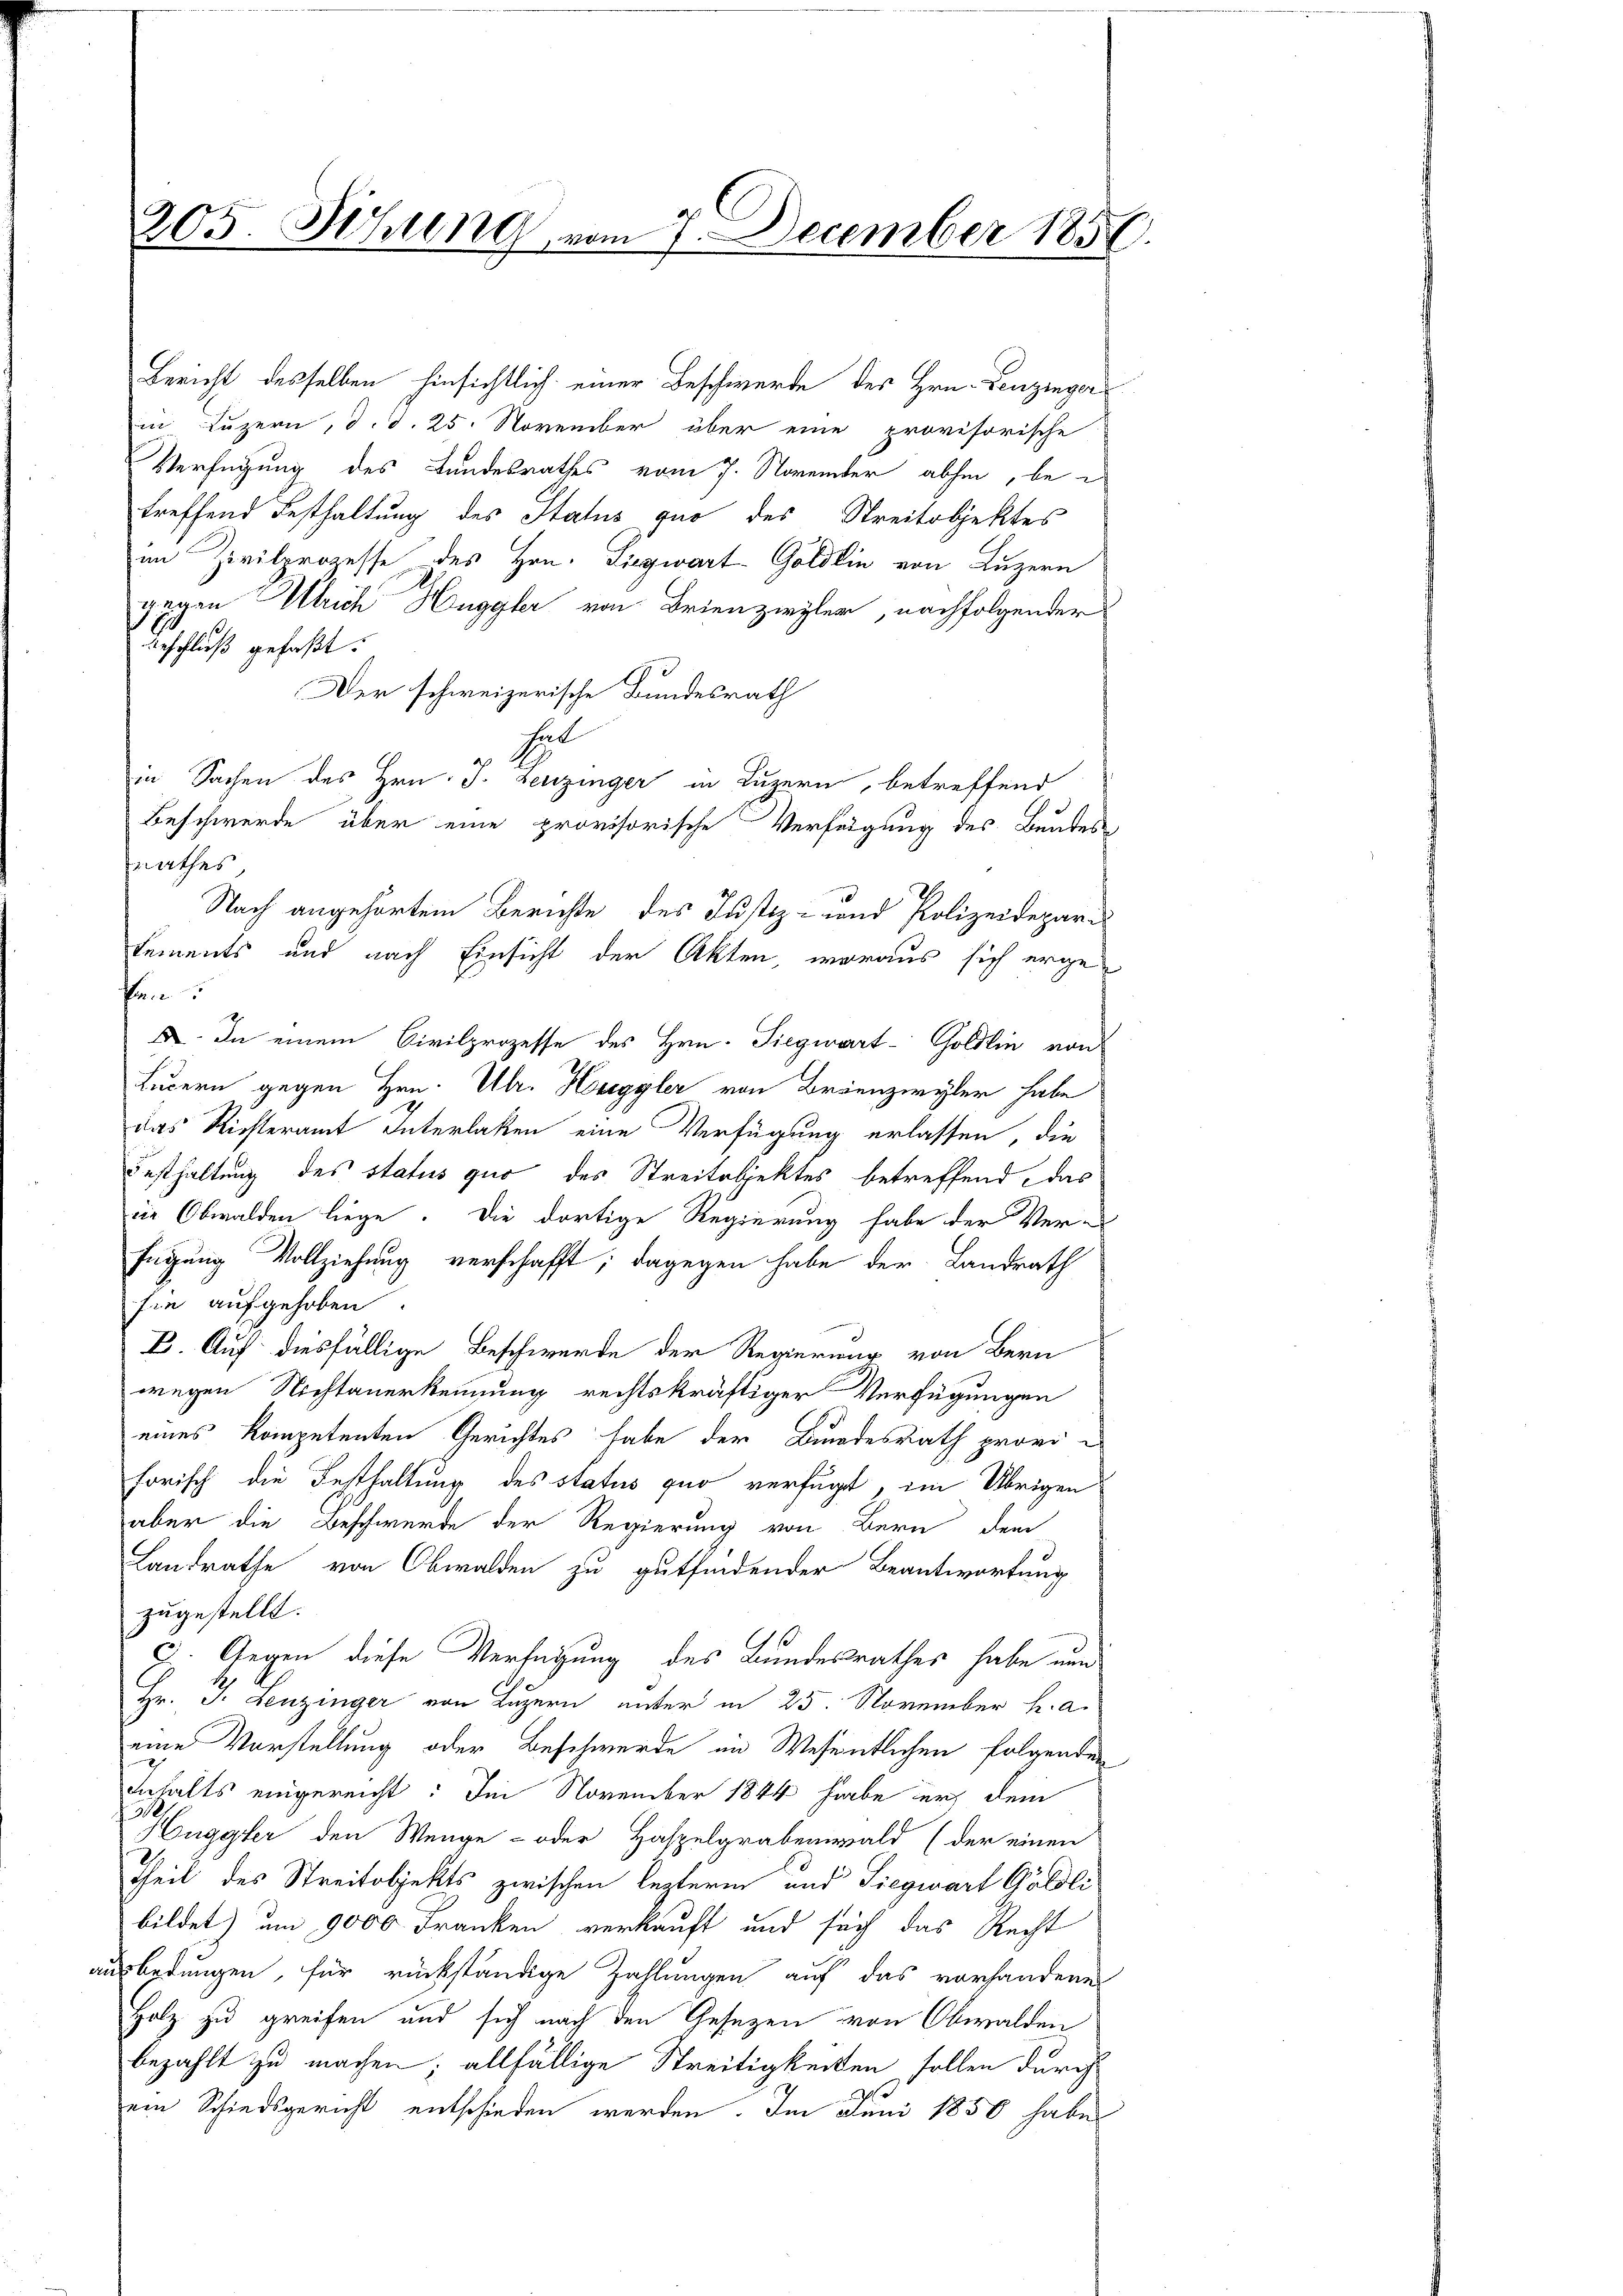
205. Sitten, vom 7. December 1858

Bericht desselben hinsichtlich einer Beschwerde des Hrn. Lenzinger
in Luzern, d. d. 25. November über eine provisorische
Verfügung des Bundesrathes vom 7. November abhin, betreffend Festhaltung des Status que des Streitobjektes
im Zivilprozesse des Hrn. Siegwart Göldlin von Luzern
gegen Ulrich Huggler von Brienziegler, nachfolgender
Beschluß gefaßt:
Der schweizerische Bundesrath
heit
in Sachen des Hrn. J. Leuzinger in Luzern, betreffend
Beschwerde über eine provisorische Verfügung des Bautes
rathes
Nach angehörtem Berichte des Justiz- und Polizeidepari
tements und nach Einsicht der Akten, woraus sich erge¬
Pen
I. In einem Civilprozesse des Hrn. Siegwart-Goldlin von
Luzern gegen Hrn. Ulr. Heggler von Brannzwyler habe
das Richteramt Interlaßen eine Verfügung erlassen, die
Festhaltung des status quo des Streitobjektes betreffend, das
in Obwalden liege. Die dortige Regierung habe der Ver-
fügung Vollziehung verschafft; dagegen habe der Landrath
sie aufgehoben.
B. Auf diesfällige Beschwerde der Regierung von Bern
wegen Nichtanerkennung rechtskräftiger Verfügungen
eines kompetenten Gerichtes habe der Bundesrath provi-
forisch die Festhaltung des Status quo verfügt, im Übrigen
aber die Beschwerde der Regierung von Bern dem
Landrathe von Obwalden zu gutfindender Beantwortung
zugestellt.
I. Gegen diese Verfügung des Bundesrathes habe nun
Hr. J. Leuzinger von Luzern unter in 25. November h. a.
eine Vorstellung oder Beschwerde im Wesentlichen folgenden
x
Inhalts eingereicht: Im November 1844 habe er dem
20
Huggler den Wenge - oder Haspelgrabenwald (der einen
Theil des Streitobjekts zwischen lezteren und Siegwart Göldlibildet) um 9000 Franken verkauft und sich das Recht
ausbedungen, für rückständige Zahlungen auf das vorhandene
Holz zu greifen und sich nach den Gesezen von Obwalden
bezahlt zu machen; allfällige Streitigkeiten sollen durch
ein Schiedsgericht entschieden werden. Im Juni 1850 habe